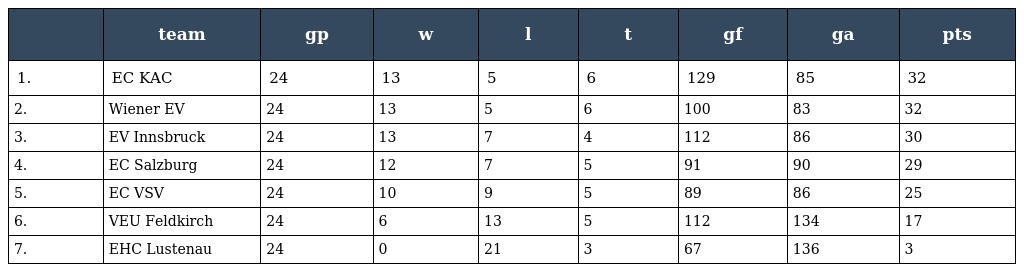
|  | team | gp | w | l | t | gf | ga | pts |
 | --- | --- | --- | --- | --- | --- | --- | --- | --- |
 | 1. | EC KAC | 24 | 13 | 5 | 6 | 129 | 85 | 32 |
 | 2. | Wiener EV | 24 | 13 | 5 | 6 | 100 | 83 | 32 |
 | 3. | EV Innsbruck | 24 | 13 | 7 | 4 | 112 | 86 | 30 |
 | 4. | EC Salzburg | 24 | 12 | 7 | 5 | 91 | 90 | 29 |
 | 5. | EC VSV | 24 | 10 | 9 | 5 | 89 | 86 | 25 |
 | 6. | VEU Feldkirch | 24 | 6 | 13 | 5 | 112 | 134 | 17 |
 | 7. | EHC Lustenau | 24 | 0 | 21 | 3 | 67 | 136 | 3 |